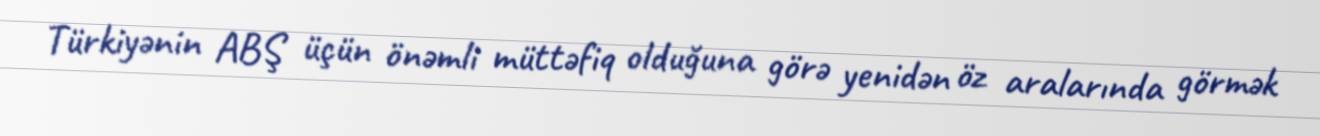
Türkiyənin ABŞ üçün önəmli müttəfiq olduğuna görə yenidən öz aralarında görmək